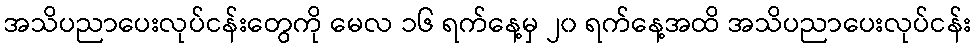
အသိပညာပေးလုပ်ငန်းတွေကို မေလ ၁၆ ရက်နေ့မှ ၂၀ ရက်နေ့အထိ အသိပညာပေးလုပ်ငန်း